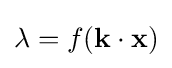
\lambda =f(\mathbf {k} \cdot \mathbf {x} )